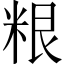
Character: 𮇜